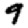
Digit: 9